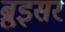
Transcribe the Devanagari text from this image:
ब्रुइसर